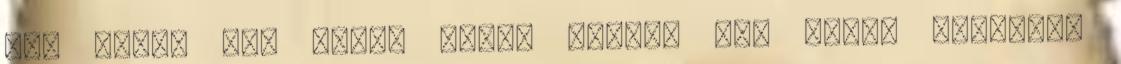
is. Ekkor két kanál léhez tegyél egy kanál tejfölt.